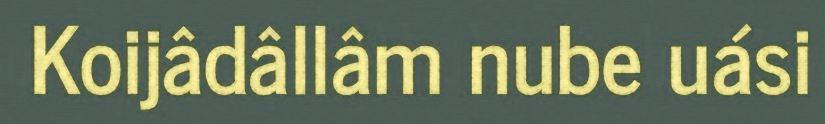
Koijâdâllâm nube uási